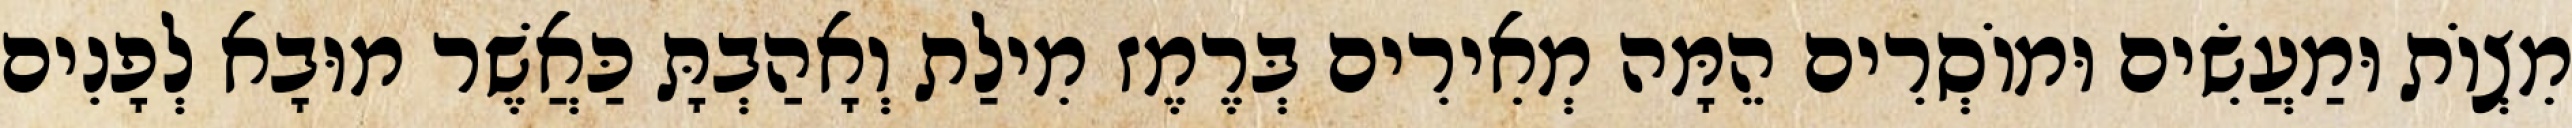
מִצְוֹת וּמַעֲשִׂים וּמוֹסְרִים הֵמָּה מְאִירִים בְּרֶמֶז מִילַת וְאָהַבְתָּ כַּאֲשֶׁר מוּבָא לְפָנִים